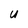
Character: U